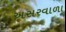
અસરવાળા